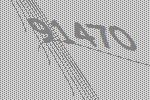
91470